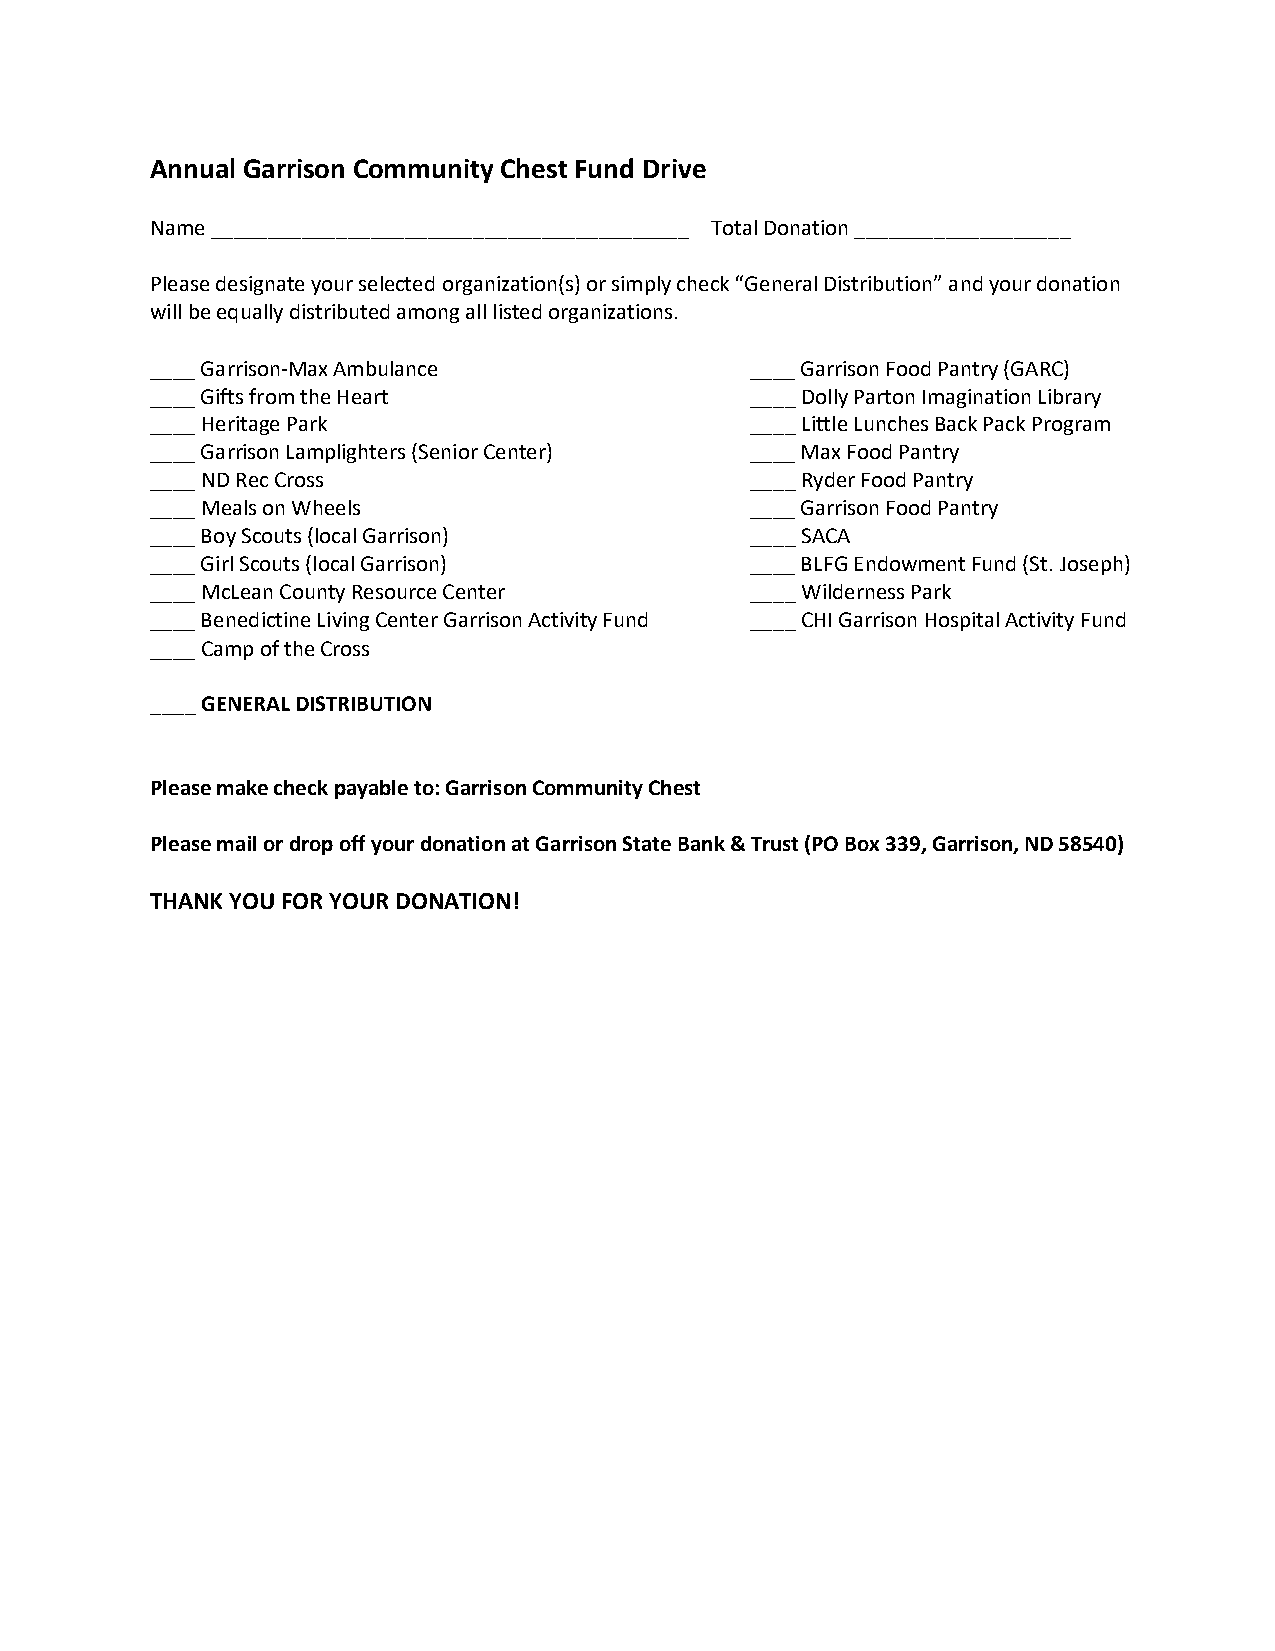
Annual Garrison Community Chest Fund Drive
 Name __________________________________________ Total Donation ___________________
 Please designate your selected organization(s) or simply check “General Distribution” and your donation
 will be equally distributed among all listed organizations.
 ____ Garrison-Max Ambulance             ____ Garrison Food Pantry (GARC)
 ____ Gifts from the Heart               ____ Dolly Parton Imagination Library
 ____ Heritage Park                      ____ Little Lunches Back Pack Program
 ____ Garrison Lamplighters (Senior Center) ____ Max Food Pantry
 ____ ND Rec Cross                       ____ Ryder Food Pantry
 ____ Meals on Wheels                    ____ Garrison Food Pantry
 ____ Boy Scouts (local Garrison)        ____ SACA
 ____ Girl Scouts (local Garrison)       ____ BLFG Endowment Fund (St. Joseph)
 ____ McLean County Resource Center      ____ Wilderness Park
 ____ Benedictine Living Center Garrison Activity Fund ____ CHI Garrison Hospital Activity Fund
 ____ Camp of the Cross
 ____ GENERAL DISTRIBUTION
 Please make check payable to: Garrison Community Chest
 Please mail or drop off your donation at Garrison State Bank & Trust (PO Box 339, Garrison, ND 58540)
 THANK YOU FOR YOUR DONATION!